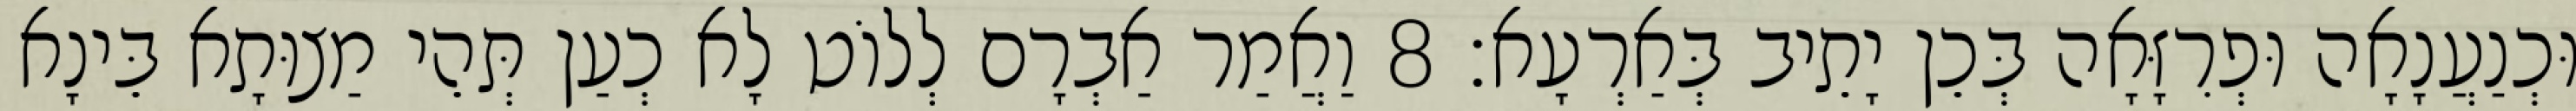
וּכְנַעֲנָאָה וּפְרִזָּאָה בְּכֵן יָתֵיב בְּאַרְעָא׃ 8 וַאֲמַר אַבְרָם לְלוֹט לָא כְעַן תְּהֵי מַצוּתָא בֵּינָא